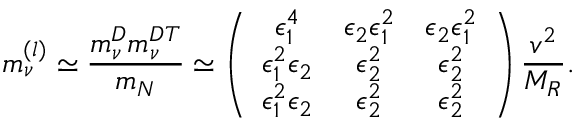
m _ { \nu } ^ { ( l ) } \simeq { \frac { m _ { \nu } ^ { D } m _ { \nu } ^ { D } { } ^ { T } } { m _ { N } } } \simeq \left( \begin{array} { c c c } { { \epsilon _ { 1 } ^ { 4 } } } & { { \epsilon _ { 2 } \epsilon _ { 1 } ^ { 2 } } } & { { \epsilon _ { 2 } \epsilon _ { 1 } ^ { 2 } } } \\ { { \epsilon _ { 1 } ^ { 2 } \epsilon _ { 2 } } } & { { \epsilon _ { 2 } ^ { 2 } } } & { { \epsilon _ { 2 } ^ { 2 } } } \\ { { \epsilon _ { 1 } ^ { 2 } \epsilon _ { 2 } } } & { { \epsilon _ { 2 } ^ { 2 } } } & { { \epsilon _ { 2 } ^ { 2 } } } \end{array} \right) { \frac { v ^ { 2 } } { M _ { R } } } .